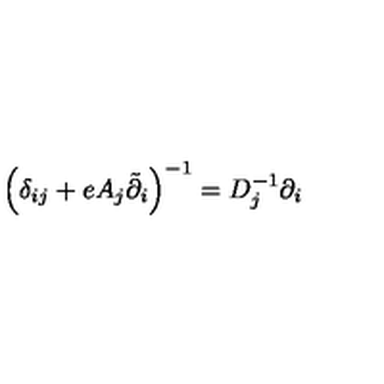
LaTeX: \left( \delta _ { i j } + e A _ { j } \tilde { \partial } _ { i } \right) ^ { - 1 } = D _ { j } ^ { - 1 } \partial _ { i }